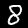
Label: 8